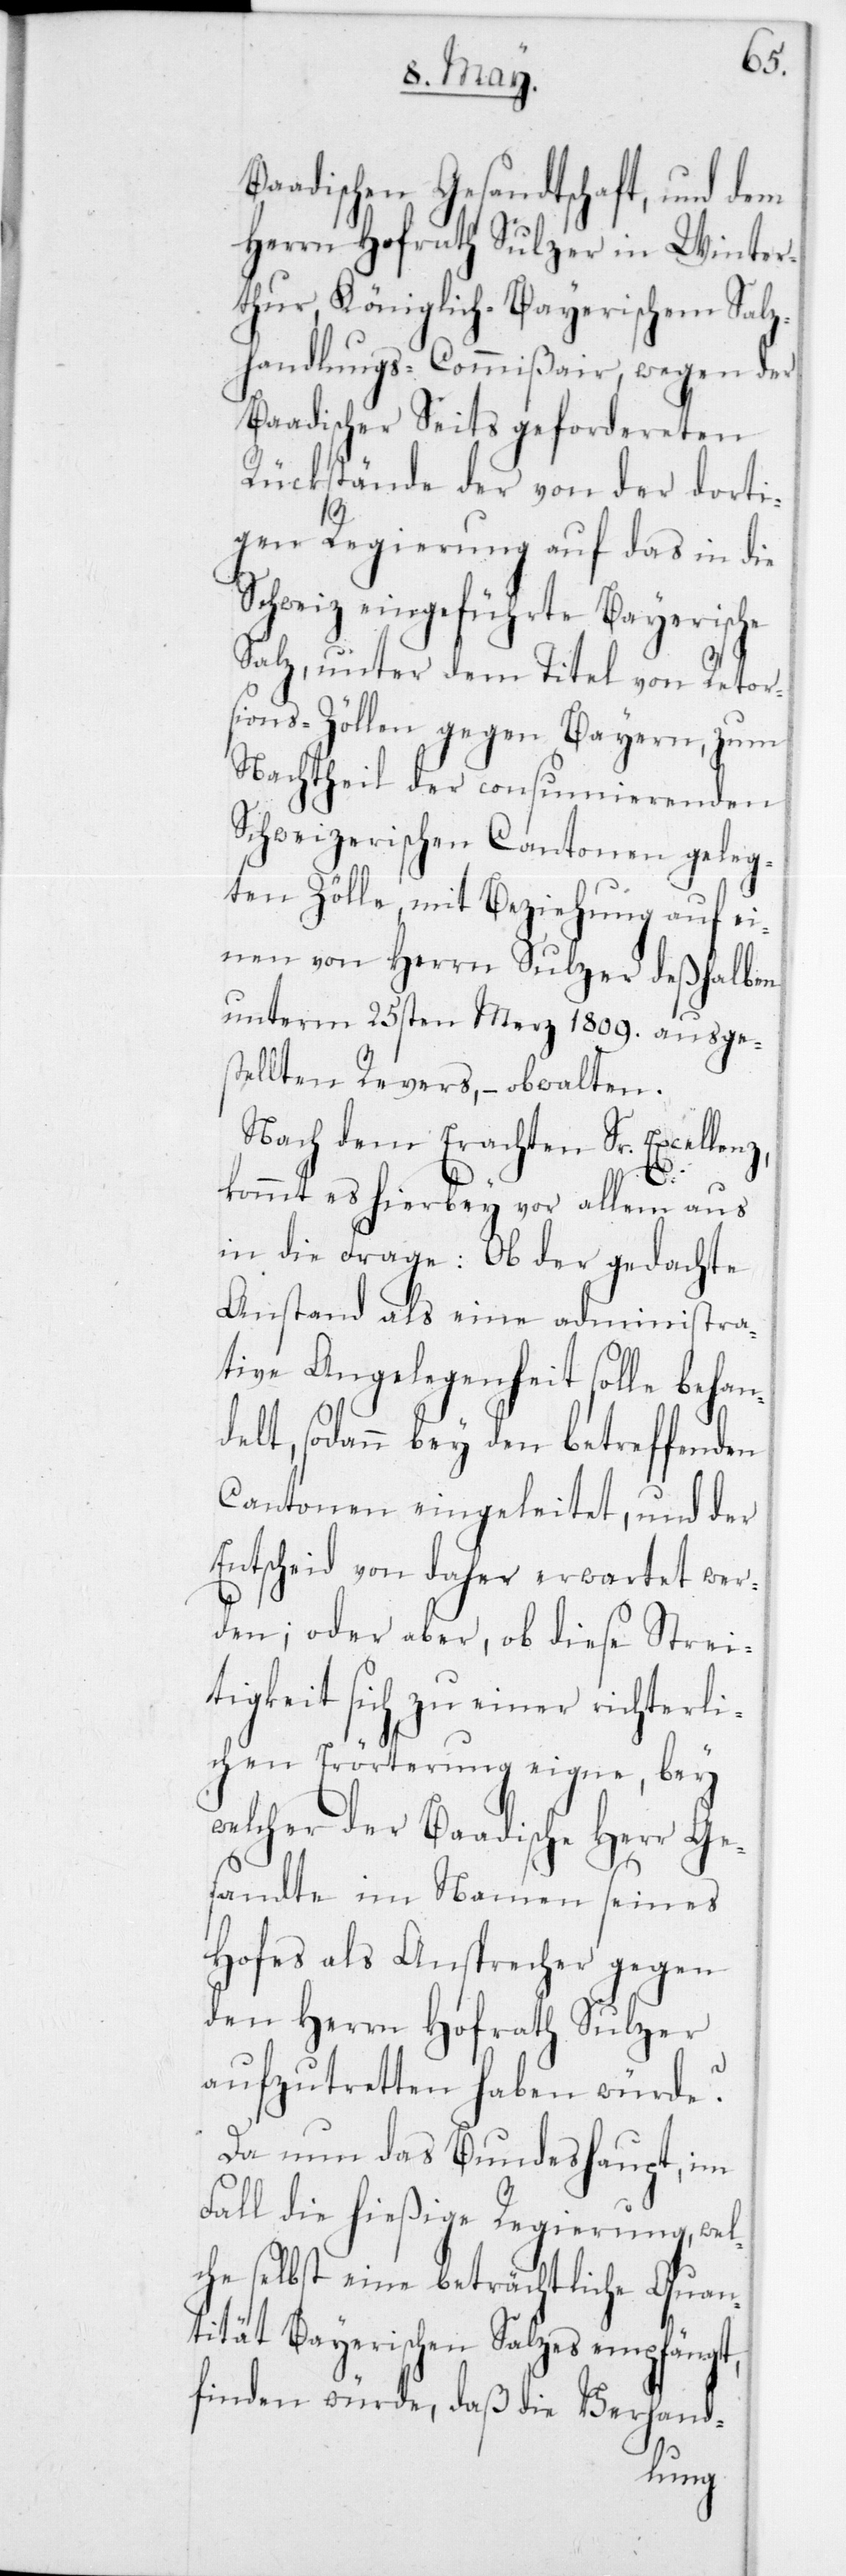
Baadischen Gesandtschaft, und dem
Herrn Hofrath Sulzer in Winter¬
thur, Königlich-Bayerischem Salz¬
handlungs-Commißair, wegen der
Baadischer Seits gefordereten
Rückstände der von der dorti¬
gen Regierung auf das in die
Schweiz eingeführte Bayerische
Salz, unter dem Titel von Retor¬
sions-Zöllen gegen Bayern, zum
Nachtheil der consumierenden
Schweizerischen Cantonen geleg¬
ten Zölle, mit Beziehung auf ei¬
nen von Herrn Sulzer deßhalben
unterm 25sten Merz 1809 ausges¬
tellten Revers, – obwalten.
Nach dem Erachten Sr. Excellenz,
kommt es hierbey vor allem aus
in die Frage: Ob der gedachte
Anstand als eine administra¬
tive Angelegenheit solle behan¬
delt, sodann bey den betreffenden
Cantonen eingeleitet, und der
Entscheid von daher erwartet wer¬
den; oder aber, ob diese Strei¬
tigkeit sich zu einer richterli¬
chen Erörterung eigne, bey
welcher der Baadische Herr Ge¬
sandte im Namen seines
Hofes als Ansprecher gegen
den Herrn Hofrath Sulzer
aufzutretten haben würde?
Da nun das Bundeshaupt, im
Fall die hießige Regierung, wel¬
che selbst eine beträchtliche Quan¬
tität Bayerischen Salzes empfängt,
finden würde, daß die Verhand-